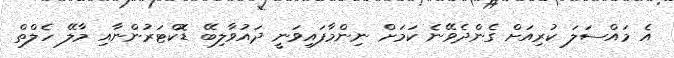
އެ މައްސަލަ ކުރިއަށް ގެންދެވޭނެ ކަމަށް ނިންމާފައިވަނީ ދައުވާލިބޭ ޑޮކްޓަރުންނާއި މާލޭ ހެލްތް